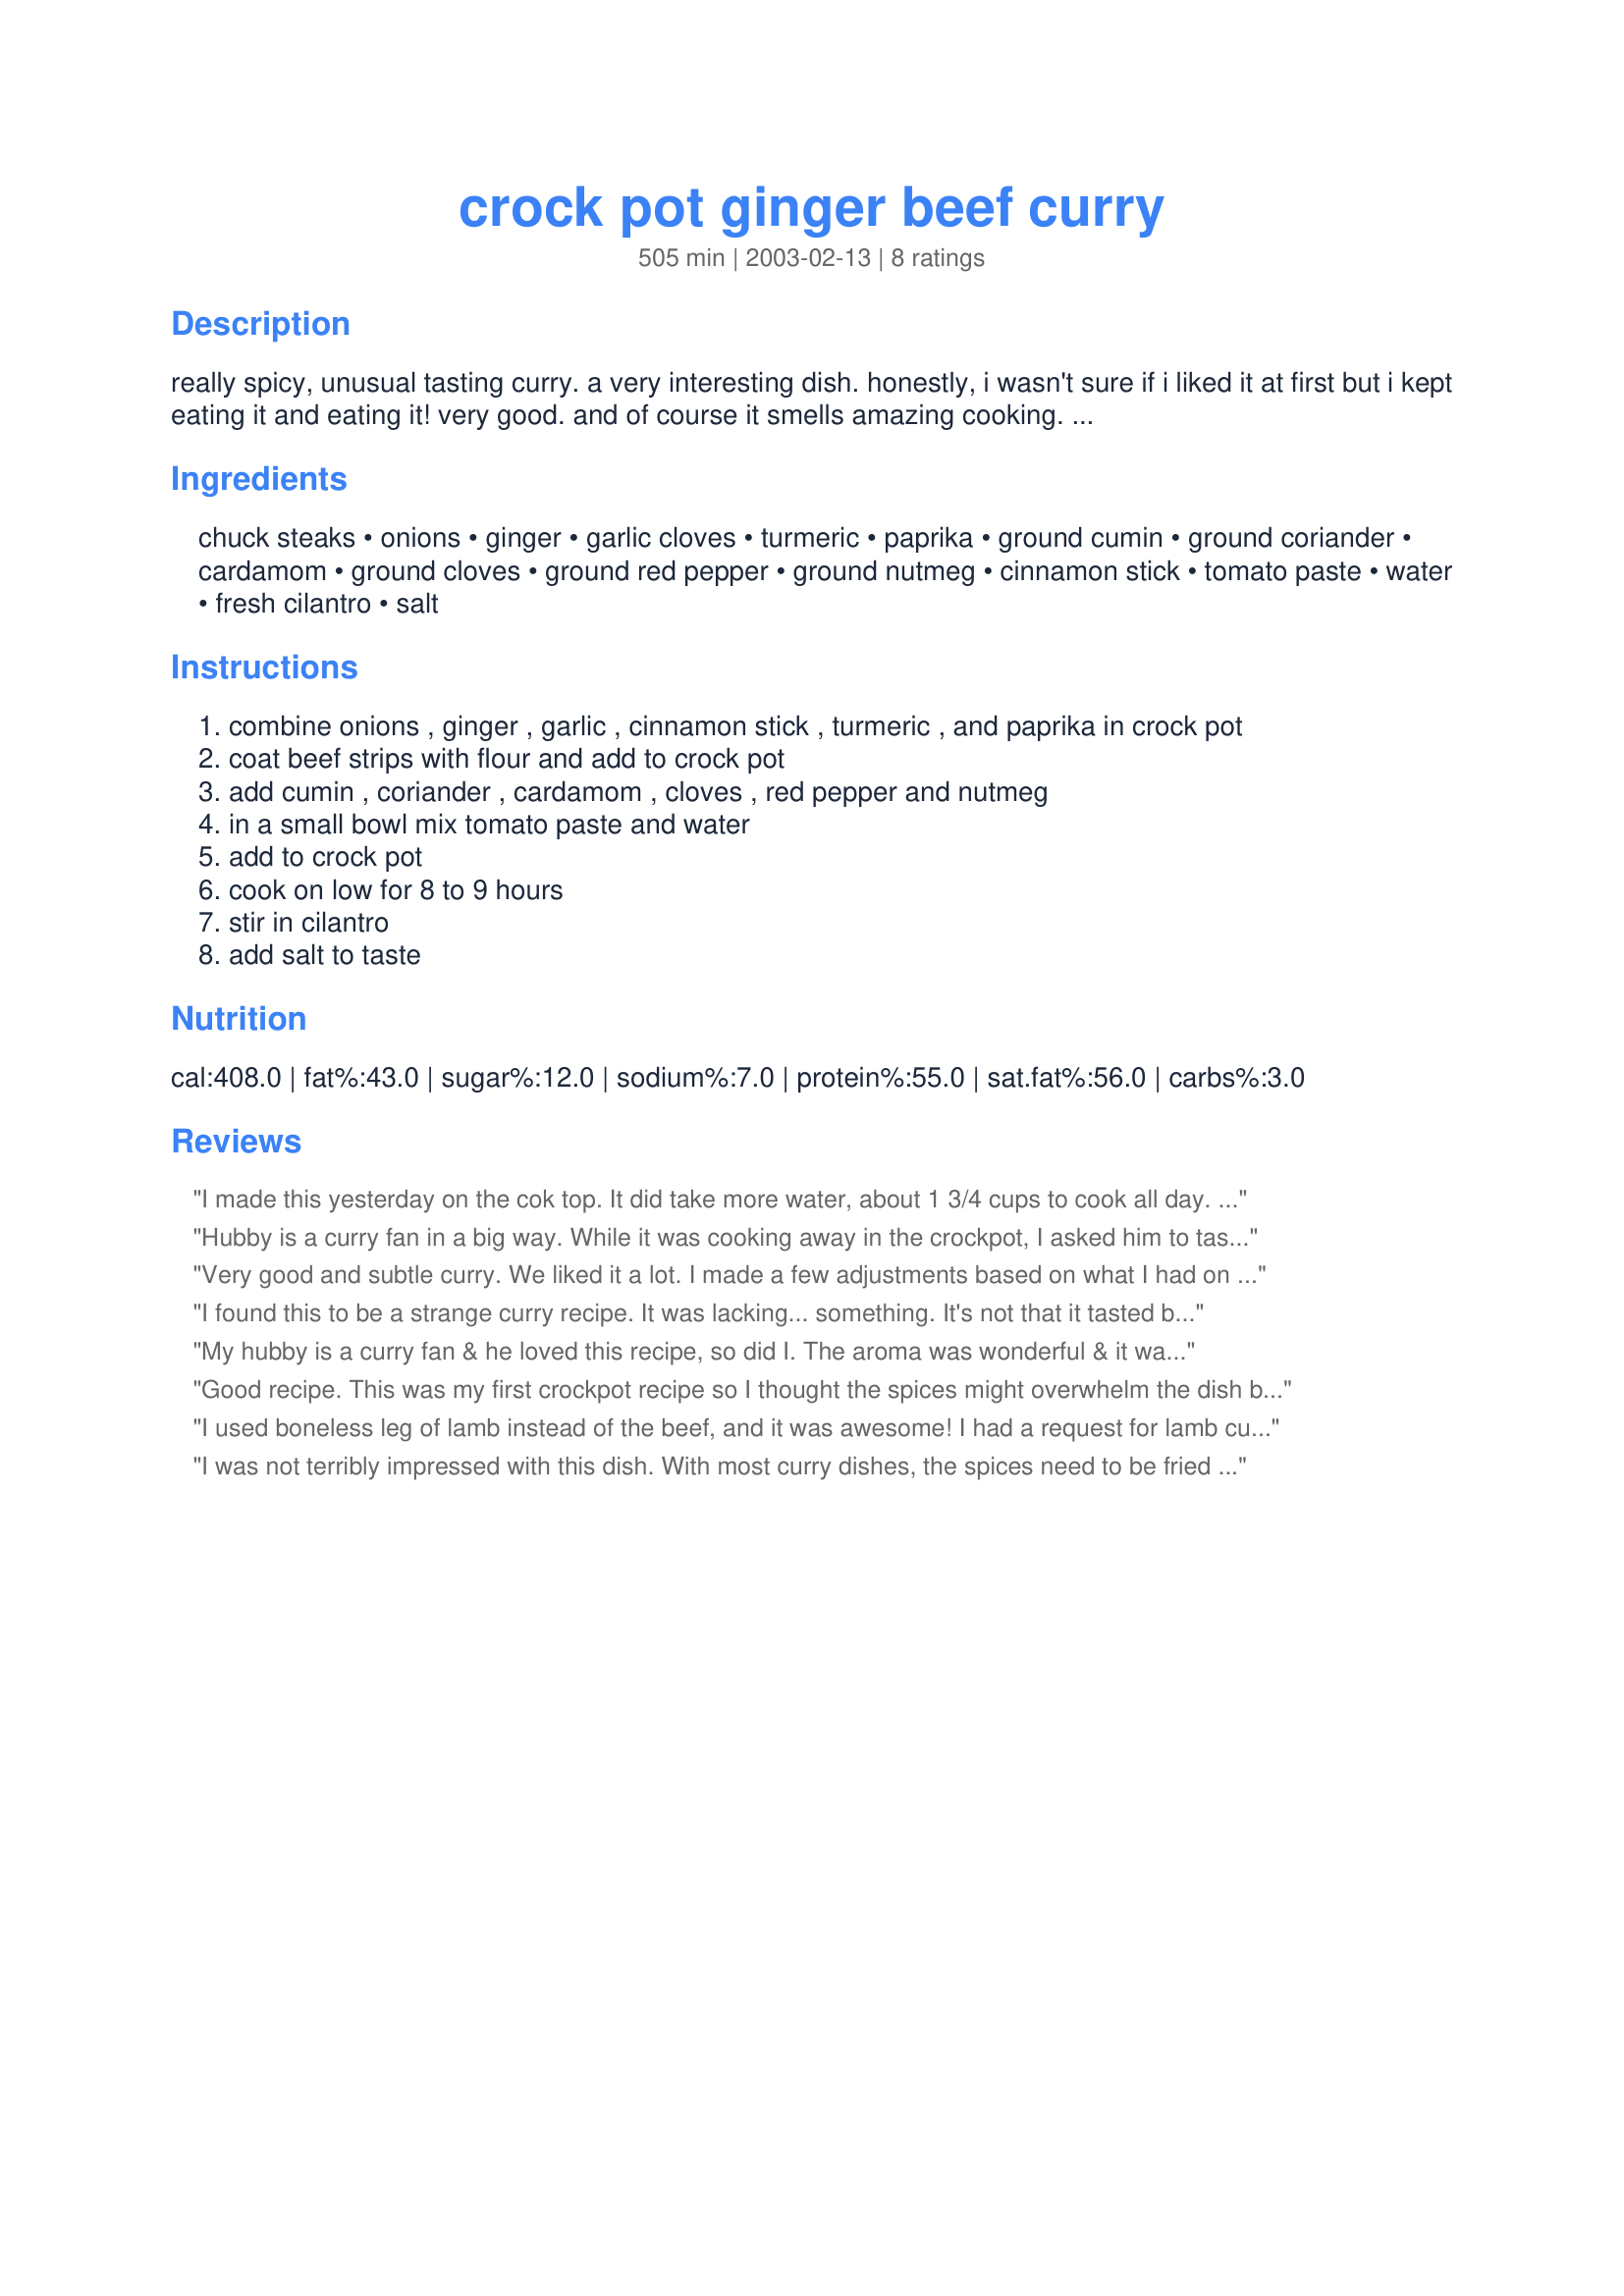
crock pot ginger beef curry
Preparation time: 505 minutes

really spicy, unusual tasting curry. a very interesting dish. honestly, i wasn't sure if i liked it at first but i kept eating it and eating it! very good. and of course it smells amazing cooking. serve over rice. from sunset crockery cookbook.

Ingredients:
chuck steaks, onions, ginger, garlic cloves, turmeric, paprika, ground cumin, ground coriander, cardamom, ground cloves, ground red pepper, ground nutmeg, cinnamon stick, tomato paste, water, fresh cilantro, salt

Steps:
combine onions , ginger , garlic , cinnamon stick , turmeric , and paprika in crock pot
coat beef strips with flour and add to crock pot
add cumin , coriander , cardamom , cloves , red pepper and nutmeg
in a small bowl mix tomato paste and water
add to crock pot
cook on low for 8 to 9 hours
stir in cilantro
add salt to taste

Reviews:
I made this yesterday on the cok top. It did take more water, about 1 3/4 cups to cook all day. I also added about 2 tbs of wine vinegar and 2 tbs of balsamic vinegar. Fantastic!
Hubby is a curry fan in a big way. While it was cooking away in the crockpot, I asked him to taste to see if it needed anything else. He said it needed more "tang", so we added 1/4 cup balsamic vinegar. I also used part water part white wine for the water ingredient. Hubby and our dinner guest went back for seconds and it was pretty much gone from there. Next time, I would add chopped carrots, more onions, and maybe some peas towards the end of the cooking process. Good recipe, and a keeper according to hubby. It was EASY to make!
Very good and subtle curry. We liked it a lot. I made a few adjustments based on what I had on hand: used venison instead of beef and no one noticed, added a bit more nutmeg, 1/4 tsp cinnamon in place of the stick, and added a bit more water. Cooked it 5 hours on high and served with peas. Very nice and will make again. Thanks.
I found this to be a strange curry recipe. It was lacking... something. It's not that it tasted bad--I had no problem eating my portion. I added the balsamic vinegar that other reviewers suggested, but I'm not sure that helped. The flavors seemed to be lacking the blending ingredient. After tasting leftovers my husband took to work, a friend suggested that maybe coconut milk would help the flavors meld better. I'll try that next time--and I'll add veggies with about a half hour to go in the cook time.
My hubby is a curry fan & he loved this recipe, so did I. The aroma was wonderful & it was quite easy to prepare. I will definately be making this again. Thanks so much for sharing!
Good recipe. This was my first crockpot recipe so I thought the spices might overwhelm the dish but they turned out to be just right! Took skunkgalloway's suggestion and added some peas, which were great. The only problem I had was that the beef disintegrated into shredded beef instead of remaining as chunks (I didn't coat it in flour like the instructions said so maybe that was my fault). My husband liked it very much too.
I used boneless leg of lamb instead of the beef, and it was awesome! I had a request for lamb curry for my parents' anniversary dinner, and found this recipe to be just the ticket. Thanks!
I was not terribly impressed with this dish. With most curry dishes, the spices need to be fried in the oil to release the full flavor potential. this dish was tender, but strange. Some of the other reviewers suggested the addition of vinegar,but intead if you have it, i recommend adding amchoor powder at the end.
